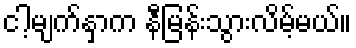
ငါ့မျက်နှာက နီမြန်းသွားလိမ့်မယ်။